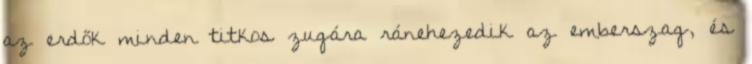
az erdők minden titkos zugára ránehezedik az emberszag, és